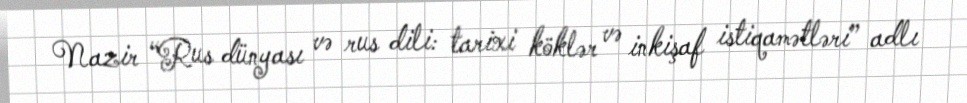
Nazir “Rus dünyası və rus dili: tarixi köklər və inkişaf istiqamətləri” adlı